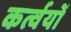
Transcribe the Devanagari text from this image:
कर्त्वयों